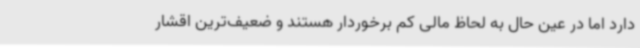
دارد اما در عین حال به لحاظ مالی کم برخوردار هستند و ضعیف‌ترین اقشار